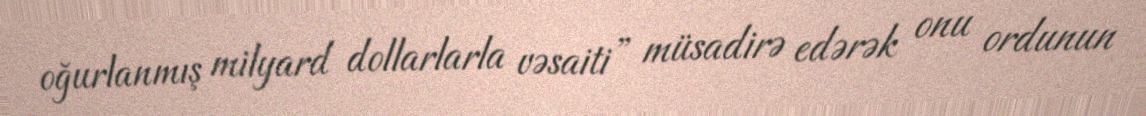
oğurlanmış milyard dollarlarla vəsaiti” müsadirə edərək onu ordunun